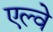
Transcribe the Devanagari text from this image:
एल्वे